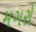
મગરો